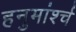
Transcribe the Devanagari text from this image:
हनुमांर्श्च